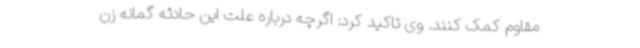
مقاوم کمک کنند. وی تاکید کرد: اگرچه درباره علت این حادثه گمانه زن